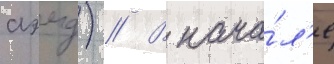
аэмд) // В нача́л'е